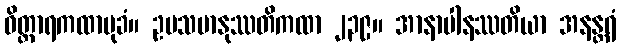
ဝိတ္ထာရကထာမုခံ။ ဥပသမာနုဿတိကထာ ၂၃၉။ အာနာပါနဿတိယာ အနန္တရံ